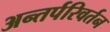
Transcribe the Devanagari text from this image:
अन्तर्परिवर्तन